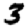
Digit: 3